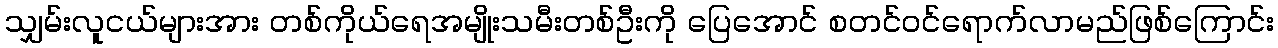
သျှမ်းလူငယ်များအား တစ်ကိုယ်ရေအမျိုးသမီးတစ်ဦးကို ပြေအောင် စတင်ဝင်ရောက်လာမည်ဖြစ်ကြောင်း